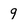
Character: 9